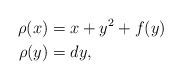
LaTeX: \begin{align*}\rho(x) &= x + y^2 + f(y) \\\rho(y) &= dy,\end{align*}